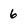
Character: 6